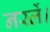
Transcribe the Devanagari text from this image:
नस्लें।